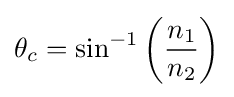
\theta _{c}=\sin ^{-1}\left({\frac {n_{1}}{n_{2}}}\right)